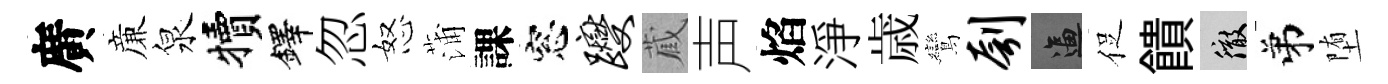
廣亷泉犢鐸忽怒蒲課窓躞蔵声焰淨歳鸞刳逼促饋徹弟堕